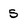
Character: 5